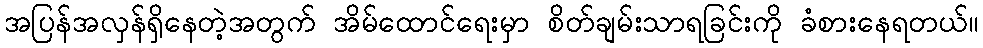
အပြန်အလှန်ရှိနေတဲ့အတွက် အိမ်ထောင်ရေးမှာ စိတ်ချမ်းသာရခြင်းကို ခံစားနေရတယ်။